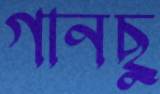
গানছু